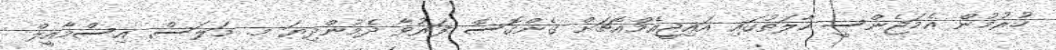
ހުރުމުން އެމަޖެންސީ ހާލަތުގައި އައިޖީއެމްއެޗަށް ގެންގޮސް ފަރުވާ ދެމުންދިޔަ މ. މަލަސް